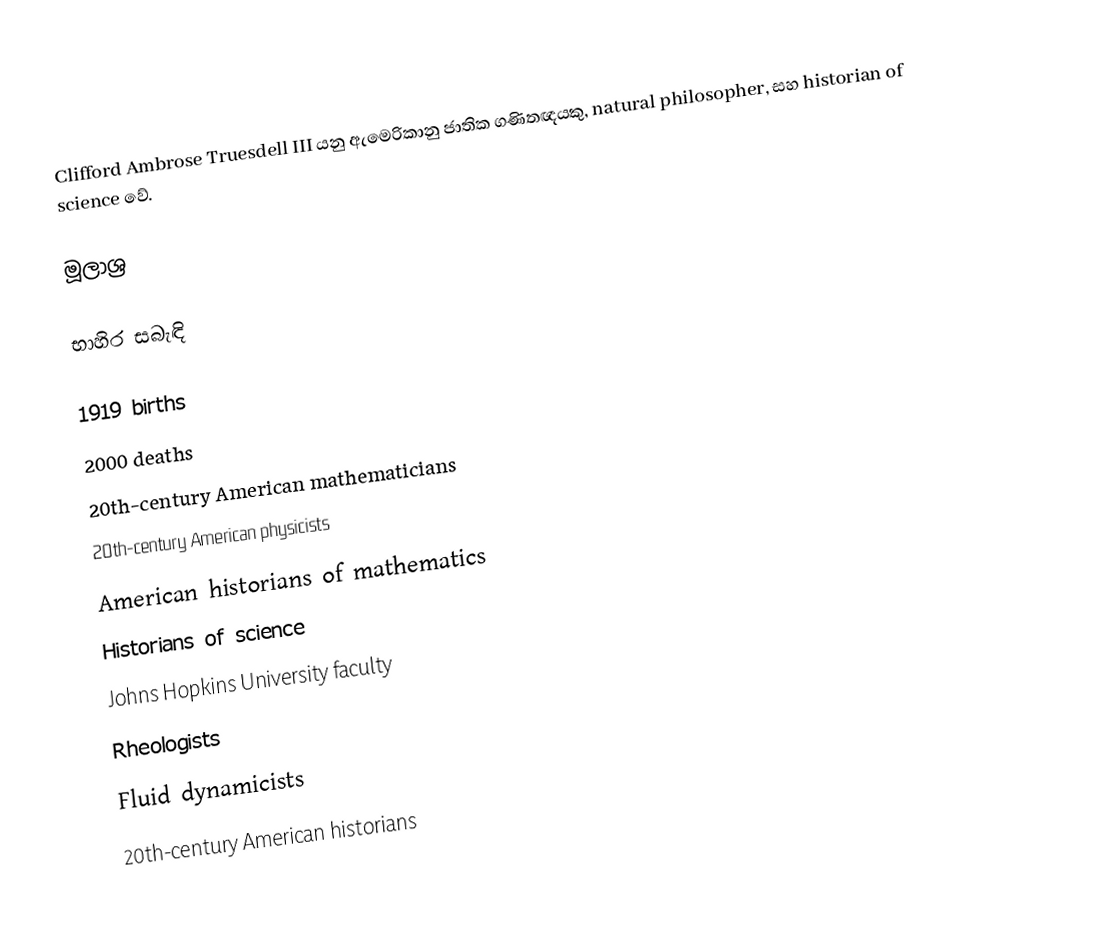
Clifford Ambrose Truesdell III යනු ඇමෙරිකානු ජාතික ගණිතඥයකු, natural philosopher, සහ historian of science වේ.

මූලාශ්‍ර

භාහිර සබැඳි

1919 births
2000 deaths
20th-century American mathematicians
20th-century American physicists
American historians of mathematics
Historians of science
Johns Hopkins University faculty
Rheologists
Fluid dynamicists
20th-century American historians